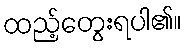
ထည့်တွေးရပါ၏။